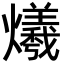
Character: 爔